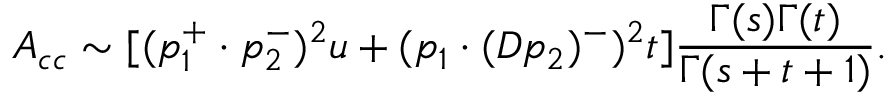
A _ { c c } \sim [ ( p _ { 1 } ^ { + } \cdot p _ { 2 } ^ { - } ) ^ { 2 } u + ( p _ { 1 } \cdot ( D p _ { 2 } ) ^ { - } ) ^ { 2 } t ] \frac { \Gamma ( s ) \Gamma ( t ) } { \Gamma ( s + t + 1 ) } .